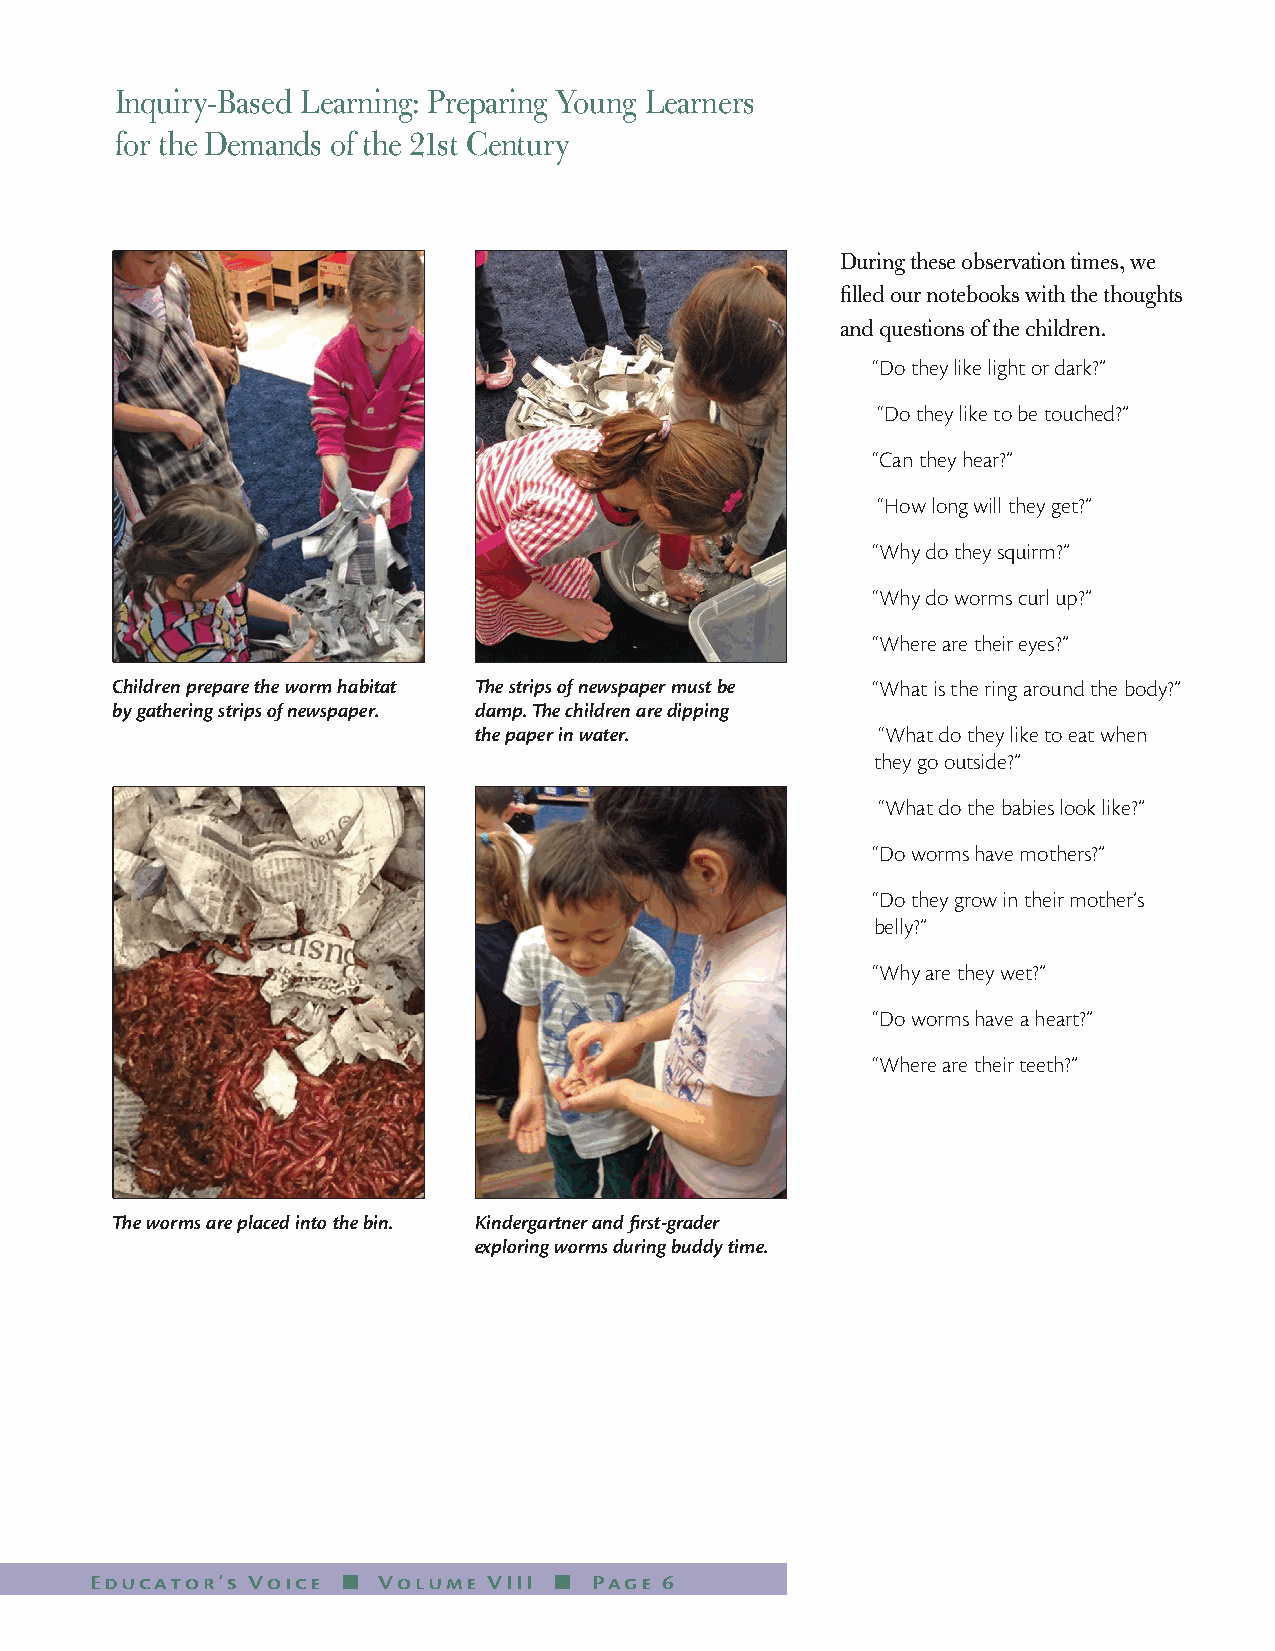
Inquiry-Based Learning: Preparing Young Learners
 for the Demands of the 21st Century
 During these observation times, we
 filled our notebooks with the thoughts
 and questions of the children.
 “Do they like light or dark?”
 “Do they like to be touched?”
 “Can they hear?”
 “How long will they get?”
 “Why do they squirm?”
 “Why do worms curl up?”
 “Where are their eyes?”
 Children prepare the worm habitat The strips of newspaper must be “What is the ring around the body?”
 by gathering strips of newspaper. damp. The children are dipping
 the paper in water.        “What do they like to eat when
 they go outside?”
 “What do the babies look like?”
 “Do worms have mothers?”
 “Do they grow in their mother’s
 belly?”
 “Why are they wet?”
 “Do worms have a heart?”
 “Where are their teeth?”
 The worms are placed into the bin. Kindergartner and first-grader
 exploring worms during buddy time.
 Educator’s Voice n Volume VIII n Page 6